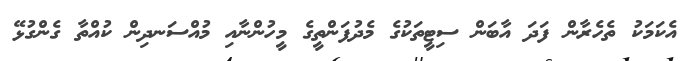
އެކަމަކު ތެހެރާން ފަދަ އާބަން ސިޓީތަކުގެ މެދުފަންތީގެ މީހުންނާއި މުއްސަނދިން ކުއްތާ ގެންގުޅޭ